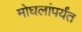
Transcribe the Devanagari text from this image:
मोघलांपर्यंत